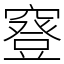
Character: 䆸